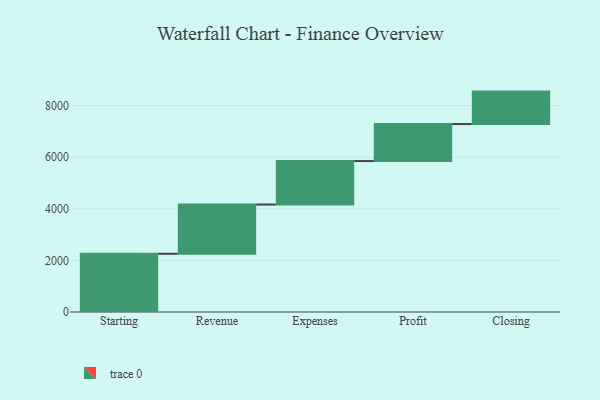
{"axis": {"x": "Step", "y": "Value"}, "legend": [""], "data": [{"x": "Starting", "y": 2258.0, "type": ""}, {"x": "Revenue", "y": 1908.0, "type": ""}, {"x": "Expenses", "y": 1686.0, "type": ""}, {"x": "Profit", "y": 1435.0, "type": ""}, {"x": "Closing", "y": 1258.0, "type": ""}]}